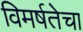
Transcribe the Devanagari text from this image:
विमर्षतेचा